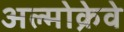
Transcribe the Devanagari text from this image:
अल्मोक्रेवे